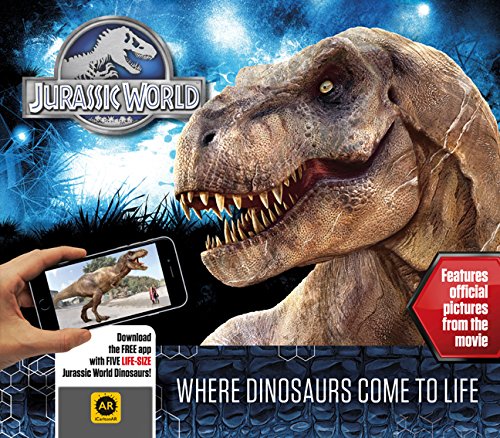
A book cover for Jurassic World: Where Dinosaurs Come to Life; Carlton Books; Children's Books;